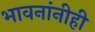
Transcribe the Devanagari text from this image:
भावनांनीही